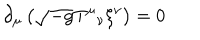
\partial _ { \mu } \left( \sqrt { - g } T ^ { \mu } { } _ { \nu } \xi ^ { \nu } \right) = 0